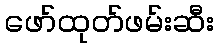
ဖော်ထုတ်ဖမ်းဆီး